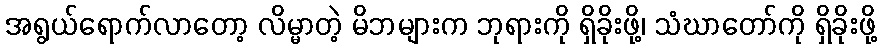
အရွယ်ရောက်လာတော့ လိမ္မာတဲ့ မိဘများက ဘုရားကို ရှိခိုးဖို့၊ သံဃာတော်ကို ရှိခိုးဖို့